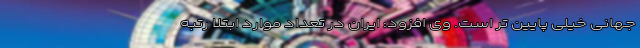
جهانی خیلی پایین تر است. وی افزود: ایران در تعداد موارد ابتلا رتبه